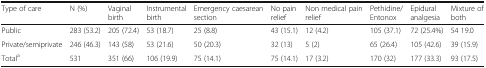
<table><thead><tr><td><b>Type of care</b></td><td><b>N (%)</b></td><td><b>Vaginal birth</b></td><td><b>Instrumental birth</b></td><td><b>Emergency caesarean section</b></td><td><b>No pain relief</b></td><td><b>Non medical pain relief</b></td><td><b>Pethidine/Entonox</b></td><td><b>Epidural analgesia</b></td><td><b>Mixture of both</b></td></tr></thead><tbody><tr><td>Public</td><td>283 (53.2)</td><td>205 (72.4)</td><td>53 (18.7)</td><td>25 (8.8)</td><td>43 (15.1)</td><td>12 (4.2)</td><td>105 (37.1)</td><td>72 (25.4%)</td><td>54 19.0</td></tr><tr><td>Private/semiprivate</td><td>246 (46.3)</td><td>143 (58)</td><td>53 (21.6)</td><td>50 (20.3)</td><td>32 (13)</td><td>5 (2)</td><td>65 (26.4)</td><td>105 (42.6)</td><td>39 (15.9)</td></tr><tr><td>Total<sup>a</sup></td><td>531</td><td>351 (66)</td><td>106 (19.9)</td><td>75 (14.1)</td><td>75 (14.1)</td><td>17 (3.2)</td><td>170 (32)</td><td>177 (33.3)</td><td>93 (17.5)</td></tr></tbody></table>